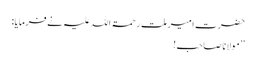
حضرت امیر ملت رحمۃ اللہ علیہ نے فرمایا:
’’مولانا صاحب!